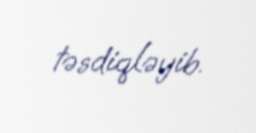
təsdiqləyib.